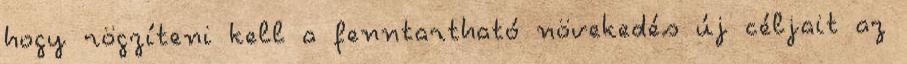
hogy rögzíteni kell a fenntartható növekedés új céljait az